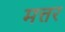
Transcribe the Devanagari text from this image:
मत्तर